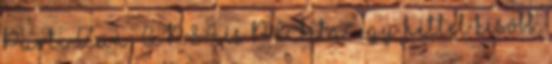
PartiZan: A PS4 és PC "béta" egy héttel később,